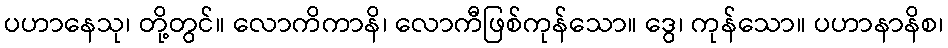
ပဟာနေသု၊ တို့တွင်။ လောကိကာနိ၊ လောကီဖြစ်ကုန်သော။ ဒွေ၊ ကုန်သော။ ပဟာနာနိစ၊